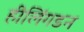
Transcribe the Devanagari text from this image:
हीलिंगडन